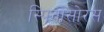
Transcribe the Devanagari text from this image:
स्‍पिनोसोरस